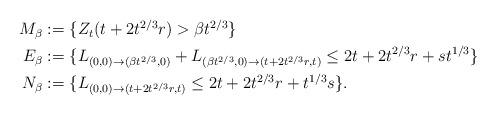
LaTeX: \begin{align*} \begin{aligned} M_\beta&:=\{Z_{{t}}({t}+2{t}^{2/3}r)>\beta{t}^{2/3}\}\\ E_\beta&:=\{L_{(0,0)\to(\beta{t}^{2/3},0)}+L_{(\beta{t}^{2/3},0)\to({t}+2{t}^{2/3}r,{t})}\leq2{t}+2{t}^{2/3}r+s{t}^{1/3}\}\\ N_\beta&:=\{L_{(0,0)\to({t}+2{t}^{2/3}r,{t})}\leq2{t}+2{t}^{2/3}r+{t}^{1/3}s\}. \end{aligned}\end{align*}